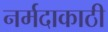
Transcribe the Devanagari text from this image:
नर्मदाकाठी